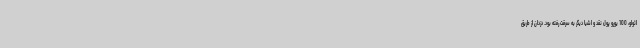
ائولو، 100 یورو پول نقد و اشیا دیگر به سرقت رفته بود. دزدان از طریق